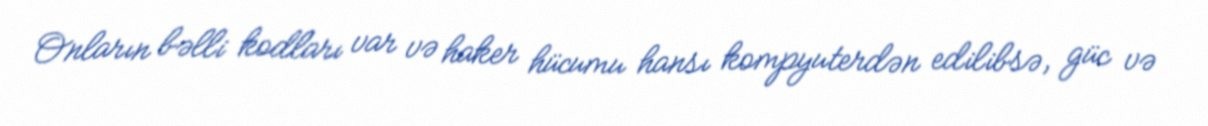
Onların bəlli kodları var və haker hücumu hansı kompyuterdən edilibsə, güc və